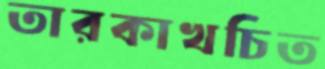
তারকাখচিত